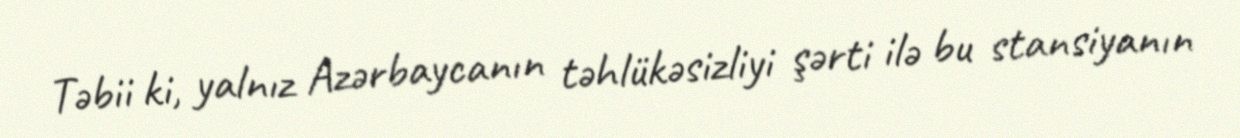
Təbii ki, yalnız Azərbaycanın təhlükəsizliyi şərti ilə bu stansiyanın